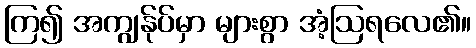
ကြ၍ အကျွန်ုပ်မှာ များစွာ အံ့ဩရလေ၏။